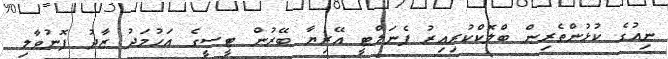
ނިއުގެ ކުޅުންތެރިން ބްލޮކްކުރިއިރު ޕެނަލްޓީ އޭރިޔާ ބޭރުން ޓީސީގެ އަހުމަދު ޒާދު ފޮނުވާލި